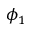
\phi _ { 1 }